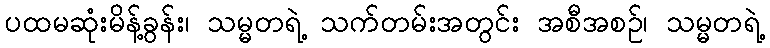
ပထမဆုံးမိန့်ခွန်း၊ သမ္မတရဲ့ သက်တမ်းအတွင်း အစီအစဉ်၊ သမ္မတရဲ့